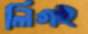
লিগই